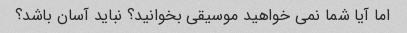
اما آیا شما نمی خواهید موسیقی بخوانید؟ نباید آسان باشد؟